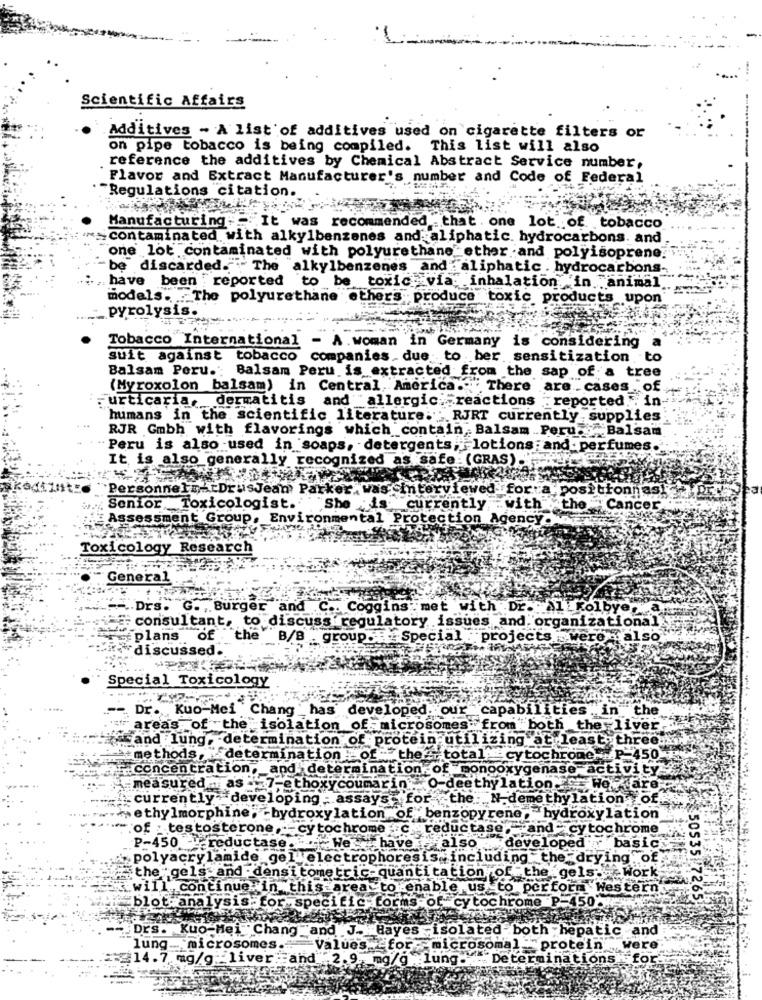
Scientific Affairs
Additives - A list of additives used on cigarette filters or
on pipe tobacco is being compiled. This list will also
reference the additives by Chemical Abstract Service number,
Flavor and Extract Manufacturer's number and Code of Federal
"Regulations citation.
Manufacturing. It was recommended . that . one lot of tobacco
*- contaminated. with alkylbenzenes and aliphatic. hydrocarbons. and
one lot contaminated with polyurethane ether and polyisoprene.
be" discarded.""" The
alkylbenzenes and : aliphatic . hydrocarbons
have been reported
to be toxic via: inhalation, in animal.
models. The polyurethane ethers produce toxic products upon'
pyrolysis.
Tobacco International - A.woman in Germany is considering
suit against tobacco companies.due to ber sensitization to
Balsam Peru .: Balsam Peru is extracted from the sap of a tree
(Myroxolon balsam) in Central America."
." There are . cases of
-urticaria, dermatitis and "allergic reactions reported in
humans in the scientific literature. RJRT currently supplies
RJR Gmbh with flavorings which contain, Balsam Peru. Balsam
Peru is also used in soaps, detergents, lotions and perfumes.
It is also generally recognized as safe: (GRAS).
PersonneInktDrusJean Parker, was interviewed for a positionnas!
Senior Toxicologist. ""She is currently
with the Cancer
:Assessment Group, Environmental Pr
tection Agency .
Toxicology Research
General
.Drs. G. , Burger and .C .. Coggins met with Dr. Alkolbye, a
consultant, to discuss regulatory issues and organizational
plans of
the B/B group .- Special .
: projects _were falso
discussed.
Special Toxicology
Dr. Kuo-Mei Chang ' has developed. our capabilities in the
areas of the isolation of microsomes from both the liver
seand lung, determination of protein utilizing at least three ..
methods, determination of the = ' total cytochrome- P-450
concentration, and determination of monooxygenase activity
measured .as - 7-ethoxycoumarin . O-deethylation. We.
currently developing : assays . for the: N.demethylation of.
wethylmorphine. - bydroxylation of benzopyrene, hydroxylation
of testosterone -cytochrome c.reductase"- and cytochrome
developed
.. 4
P-450 -Fereductase. We have
also
basic
polyacrylamide gel electrophoresis includingt
e drying .of
the gels-and - densi tometric-quanti
gels - Work
tion.
tinue in thisarea to.
orm Western
anal
E cy to
sis for specific for
=450
₹50535 72651
Kuo-Hei Chang and J- Bayes
solated both hepatic and
lung.
microsomes.
Values for
microsoma
protein
were
£14.7 mg/g _liver and 2.9 mg/g lung.
Det
minations
--.